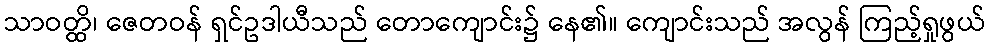
သာဝတ္ထိ၊ ဇေတဝန် ရှင်ဥဒါယီသည် တောကျောင်း၌ နေ၏။ ကျောင်းသည် အလွန် ကြည့်ရှုဖွယ်